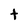
Character: t